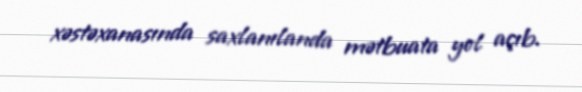
xəstəxanasında saxlanılanda mətbuata yol açıb.